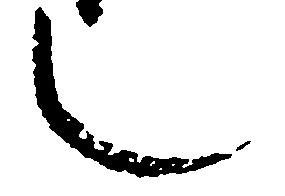
也